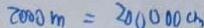
2 0 0 0 m = 2 0 0 0 0 0 c m